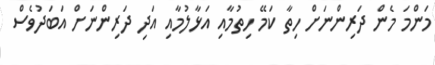
މަންމަ މެން ދަރިންނަށް ހިތާ ކަމޭ ހިތުމާއި އަޅާލުމާއި އަދި ދަރިންނަށް އަބަދުވެސް